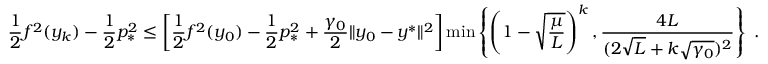
\frac { 1 } { 2 } f ^ { 2 } ( y _ { k } ) - \frac { 1 } { 2 } p _ { * } ^ { 2 } \leq \left[ \frac { 1 } { 2 } f ^ { 2 } ( y _ { 0 } ) - \frac { 1 } { 2 } p _ { * } ^ { 2 } + \frac { \gamma _ { 0 } } { 2 } \| y _ { 0 } - y ^ { * } \| ^ { 2 } \right] \operatorname* { m i n } \left\{ \left( 1 - \sqrt { \frac { \mu } { L } } \right) ^ { k } , \frac { 4 L } { ( 2 \sqrt { L } + k \sqrt { \gamma _ { 0 } } ) ^ { 2 } } \right\} \ .